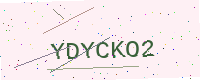
Text: YDYCKO2